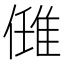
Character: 𨿂